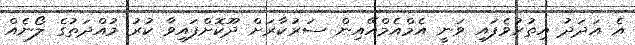
އެ އަދަދު އިތުރުވެފައި ވަނީ އެމްއެމްއޭއިން ސަރުކާރަށް ދޫކޮށްފައިވާ ކުރު މުއްދަތުގެ ލޯނެއް